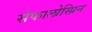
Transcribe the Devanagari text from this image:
सेफालोस्प्रिन